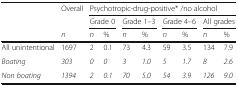
<table><thead><tr><td rowspan="3"></td><td rowspan="2"><b>Overall</b></td><td colspan="8"><b>Psychotropic-drug-positive* /no alcohol</b></td></tr><tr><td colspan="2"><b>Grade 0</b></td><td colspan="2"><b>Grade 1–3</b></td><td colspan="2"><b>Grade 4–6</b></td><td colspan="2"><b>All grades</b></td></tr><tr><td><b><i>n</i></b></td><td><b><i>n</i></b></td><td><b>%</b></td><td><b><i>n</i></b></td><td><b>%</b></td><td><b><i>n</i></b></td><td><b>%</b></td><td><b><i>n</i></b></td><td><b>%</b></td></tr></thead><tbody><tr><td>All unintentional</td><td>1697</td><td>2</td><td>0.1</td><td>73</td><td>4.3</td><td>59</td><td>3.5</td><td>134</td><td>7.9</td></tr><tr><td><i>Boating</i></td><td><i>303</i></td><td><i>0</i></td><td><i>0</i></td><td><i>3</i></td><td><i>1.0</i></td><td><i>5</i></td><td><i>1.7</i></td><td><i>8</i></td><td><i>2.6</i></td></tr><tr><td><i>Non boating</i></td><td><i>1394</i></td><td><i>2</i></td><td><i>0.1</i></td><td><i>70</i></td><td><i>5.0</i></td><td><i>54</i></td><td><i>3.9</i></td><td><i>126</i></td><td><i>9.0</i></td></tr></tbody></table>